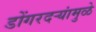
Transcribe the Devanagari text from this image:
डोंगरदऱ्यांमुळे